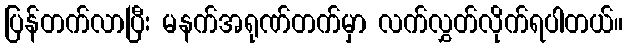
ပြန်တက်လာပြီး မနက်အရုဏ်တက်မှာ လက်လွှတ်လိုက်ရပါတယ်။